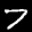
Label: 7